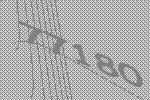
77180